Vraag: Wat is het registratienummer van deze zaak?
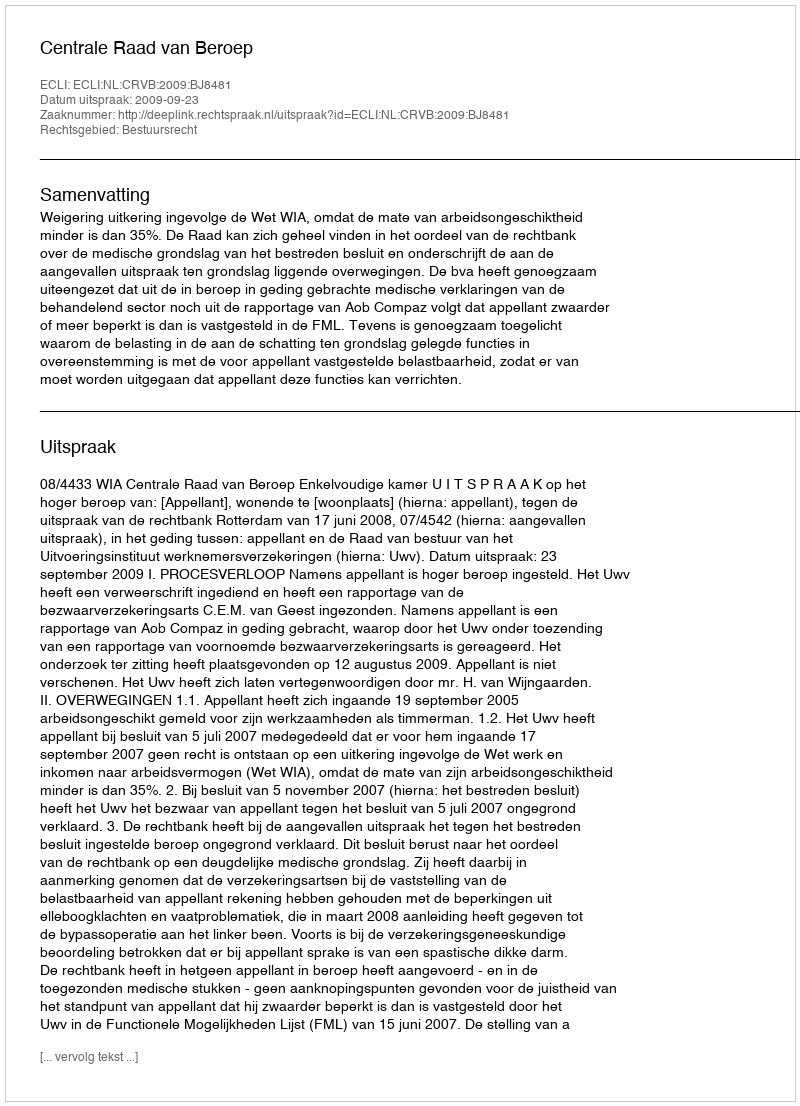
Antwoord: http://deeplink.rechtspraak.nl/uitspraak?id=ECLI:NL:CRVB:2009:BJ8481